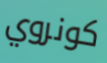
كونروي